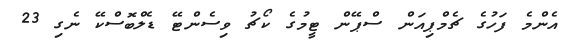
އެންމެ ފަހުގެ ޗެމްޕިއަން ސްޕޭން ޓީމުގެ ކޯޗު ވިސެންޓޭ ޑެލްބޮސްކޭ ނެގި 23